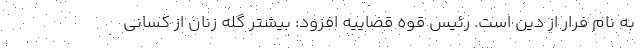
به نام فرار از دین است. رئیس قوه قضاییه افزود: بیشتر گله زنان از کسانی